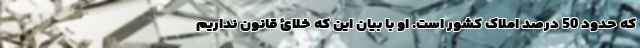
که حدود 50 درصد املاک کشور است. او با بیان این که خلائ قانون نداریم